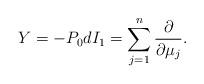
LaTeX: \begin{align*}Y=-P_0dI_1=\sum_{j=1}^ n\frac{\partial}{\partial \mu_j}.\end{align*}